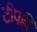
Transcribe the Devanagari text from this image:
टीपही